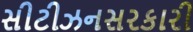
સીટીઝનસરકારી